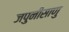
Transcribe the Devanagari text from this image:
जपुनीसाणु